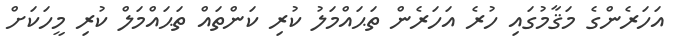
އަހަރެންގެ މަޤާމުގައި ހުރެ އަހަރެން ތަޙައްމަލު ކުރި ކަންތައް ތަޙައްމަލް ކުރި މީހަކަށް